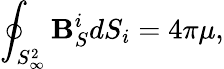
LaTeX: \oint_{S_{\infty}^{2}}\mathbf{B}_{S}^{i}dS_{i}=4\pi\mu,